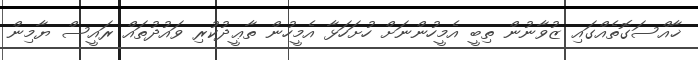
ޚާއްސަގޮތެއްގައި ޒުވާނުން ތިބީ އެމީހުންނަށް ހުށަހަޅާ އެމީހުން ތާޢީދުކުރި ވައުދުތައް ރައީސް ޔާމިން